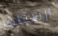
ارتبطت